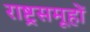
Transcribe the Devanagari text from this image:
राष्ट्रसमूहों